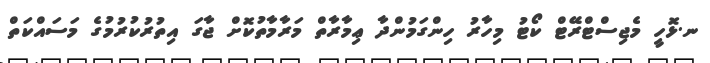
ނ.ޅޮހީ މެޖިސްޓްރޭޓް ކޯޓު މިހާރު ހިންގަމުންދާ ޢިމާރާތް މަރާމާތުކޮށް ޖާގަ އިތުރުކުރުމުގެ މަސައްކަތް